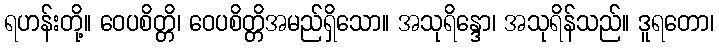
ရဟန်းတို့။ ဝေပစိတ္တိ၊ ဝေပစိတ္တိအမည်ရှိသော။ အသုရိန္ဒော၊ အသုရိန်သည်။ ဒူရတော၊